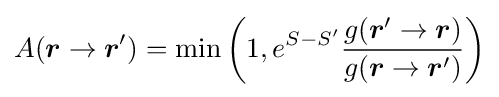
A({\boldsymbol {r}}\rightarrow {\boldsymbol {r}}')=\min \left(1,e^{S-S'}{\frac {g({\boldsymbol {r}}'\rightarrow {\boldsymbol {r}})}{g({\boldsymbol {r}}\rightarrow {\boldsymbol {r}}')}}\right)